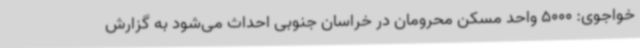
خواجوی: 5000 واحد مسکن محرومان در خراسان جنوبی احداث می‌شود به گزارش